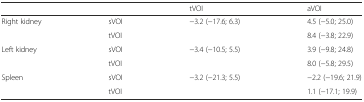
| <COLSPAN=2>  | tVOI | aVOI |
 | --- | --- | --- | --- |
 | <ROWSPAN=2> Right kidney | sVOI | −3.2 (−17.6; 6.3) | 4.5 (−5.0; 25.0) |
 | tVOI |  | 8.4 (−3.8; 22.9) |
 | <ROWSPAN=2> Left kidney | sVOI | −3.4 (−10.5; 5.5) | 3.9 (−9.8; 24.8) |
 | tVOI |  | 8.0 (−5.8; 29.5) |
 | <ROWSPAN=2> Spleen | sVOI | −3.2 (−21.3; 5.5) | −2.2 (−19.6; 21.9) |
 | tVOI |  | 1.1 (−17.1; 19.9) |